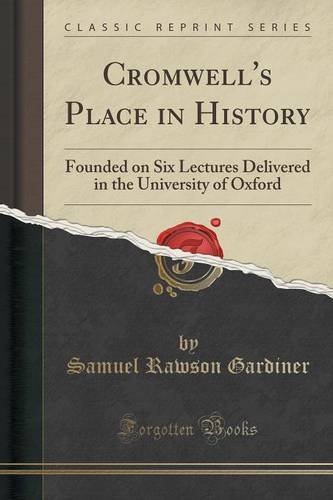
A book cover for Cromwell's Place in History: Founded on Six Lectures Delivered in the University of Oxford (Classic Reprint); Samuel Rawson Gardiner; Literature & Fiction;